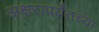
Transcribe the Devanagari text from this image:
अक्षरापर्यंतच्या